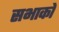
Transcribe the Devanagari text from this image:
सभाको